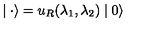
\mid { \bf \cdot } \rangle = u _ { R } ( \lambda _ { 1 } , \lambda _ { 2 } ) \mid 0 \rangle